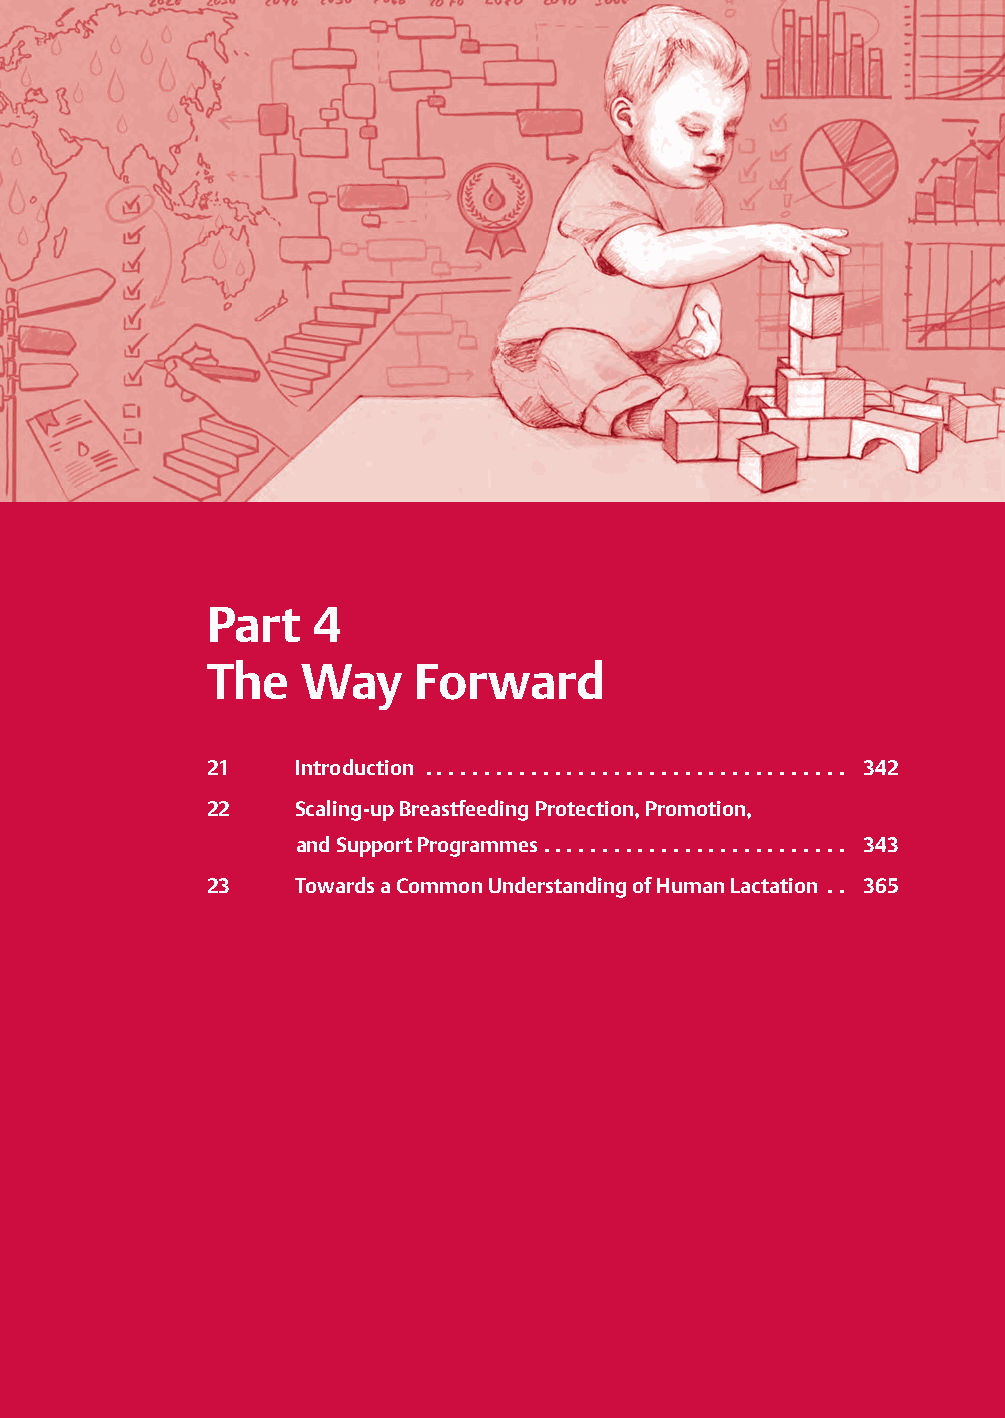
Part   4
 The   Way     Forward
 21    Introduction .................................... 342
 22    Scaling-upBreastfeedingProtection,Promotion,
 andSupportProgrammes.......................... 343
 23    TowardsaCommonUnderstandingofHumanLactation .. 365